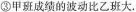
③ 甲班成绩的波动比乙班大。